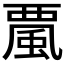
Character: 𩗏